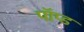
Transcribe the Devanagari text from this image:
पॉप्ड